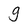
Character: g